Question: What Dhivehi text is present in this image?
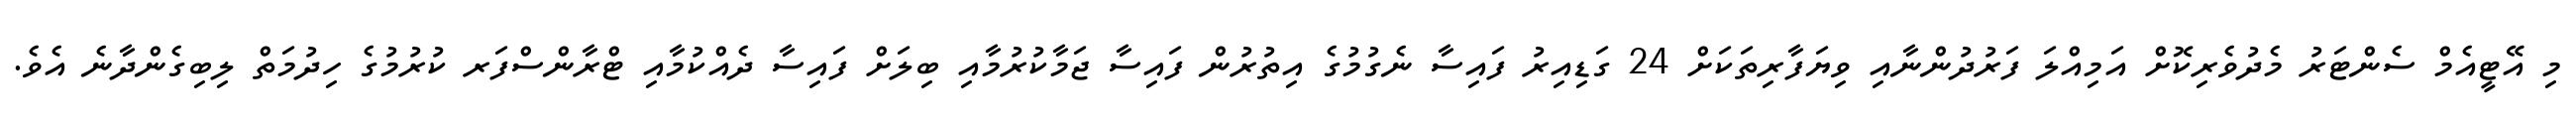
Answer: މި އޭޓީއެމް ސެންޓަރު މެދުވެރިކޮށް އަމިއްލަ ފަރުދުންނާއި ވިޔަފާރިތަކަށް 24 ގަޑިއިރު ފައިސާ ނެގުމުގެ އިތުރުން ފައިސާ ޖަމާކުރުމާއި ބިލަށް ފައިސާ ދެއްކުމާއި ޓްރާންސްފަރ ކުރުމުގެ ހިދުމަތް ލިބިގެންދާނެ އެވެ.